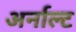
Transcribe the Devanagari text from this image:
अर्नाल्ट